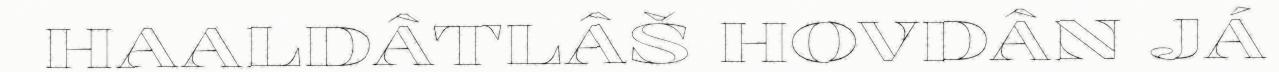
HAALDÂTLÂŠ HOVDÂN JÁ